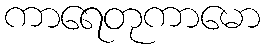
ကာရေတုကာမော